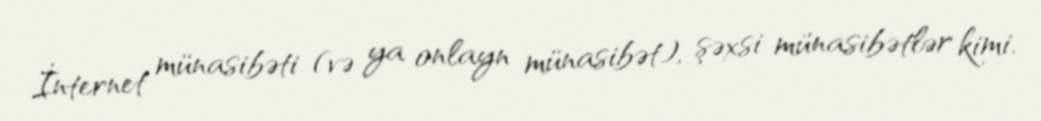
İnternet münasibəti (və ya onlayn münasibət), şəxsi münasibətlər kimi,